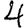
Digit: 4